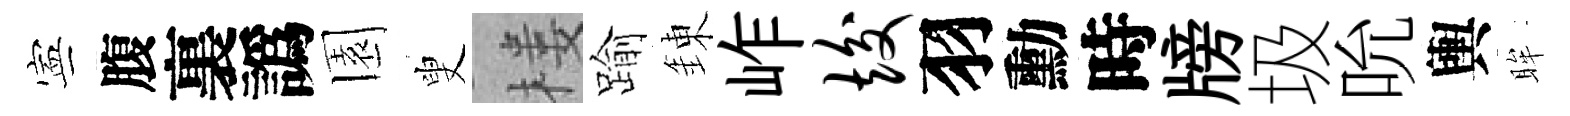
寕腹裏譌園叟楼踰錬岞竣羽勳時牓圾吮輿眸